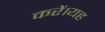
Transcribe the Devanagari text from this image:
करें।यह